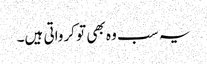
یہ سب وہ بھی تو کرواتی ہیں۔